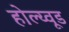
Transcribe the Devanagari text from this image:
होल्य्वूड